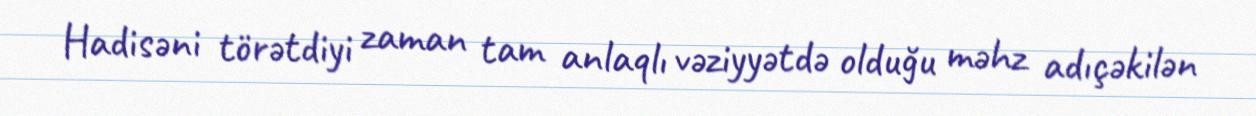
Hadisəni törətdiyi zaman tam anlaqlı vəziyyətdə olduğu məhz adıçəkilən